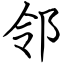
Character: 邻